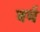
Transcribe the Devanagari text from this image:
बर्घ